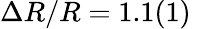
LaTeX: \Delta R/R=1.1(1)\